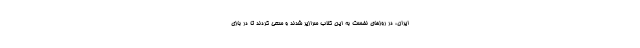
ایران، در روزهای نخست به این کِلاب سرازیر شدند و سعی کردند تا در بازی